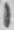
Text: 1